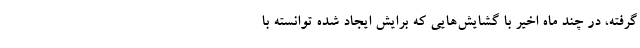
گرفته، در چند ماه اخیر با گشایش‌هایی که برایش ایجاد شده توانسته با